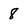
Character: 8